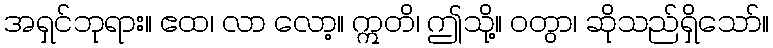
အရှင်ဘုရား။ ဧထ၊ လာ လော့။ ဣတိ၊ ဤသို့။ ဝတွာ၊ ဆိုသည်ရှိသော်။